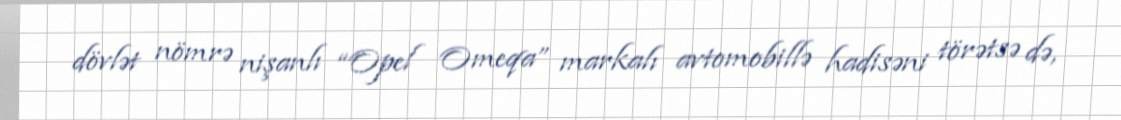
dövlət nömrə nişanlı “Opel Omeqa” markalı avtomobillə hadisəni törətsə də,